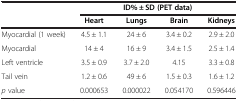
<table><thead><tr><td rowspan="2"><b> </b></td><td colspan="4"><b>ID% ± SD (PET data)</b></td></tr><tr><td><b>Heart</b></td><td><b>Lungs</b></td><td><b>Brain</b></td><td><b>Kidneys</b></td></tr></thead><tbody><tr><td>Myocardial (1 week)</td><td>4.5 ± 1.1</td><td>24 ± 6</td><td>3.4 ± 0.2</td><td>2.9 ± 2.0</td></tr><tr><td>Myocardial</td><td>14 ± 4</td><td>16 ± 9</td><td>3.4 ± 1.5</td><td>2.5 ± 1.4</td></tr><tr><td>Left ventricle</td><td>3.5 ± 0.9</td><td>3.7 ± 2.0</td><td>4.15</td><td>3.3 ± 0.8</td></tr><tr><td>Tail vein</td><td>1.2 ± 0.6</td><td>49 ± 6</td><td>1.5 ± 0.3</td><td>1.6 ± 1.2</td></tr><tr><td><i>p</i> value</td><td>0.000653</td><td>0.000022</td><td>0.054170</td><td>0.596446</td></tr></tbody></table>